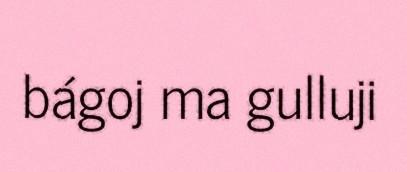
bágoj ma gulluji